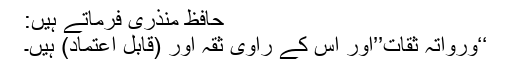
حافظ منذری فرماتے ہیں:
‘‘ورواتہ ثقات’’اور اس کے راوی ثقہ اور (قابل اعتماد) ہیں۔